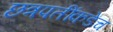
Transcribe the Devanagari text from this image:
छत्रपतींकडेच